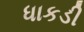
ધાકડી